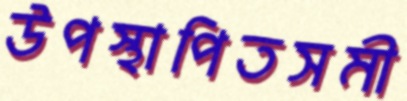
উপস্থাপিতসমী